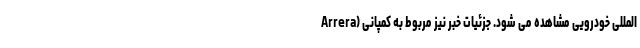
المللی خودرویی مشاهده می شود. جزئیات خبر نیز مربوط به کمپانی (Arrera